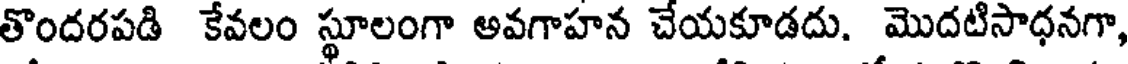
తొందరపడి కేవలం స్థూలంగా అవగాహన చేయకూడదు. మొదటిసాధనగా,